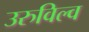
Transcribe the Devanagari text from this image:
उरुविल्व